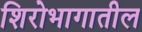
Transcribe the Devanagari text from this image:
शिरोभागातील